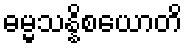
ဓမ္မသန္နိစယောတိ